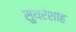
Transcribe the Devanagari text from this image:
सुथरेशाह